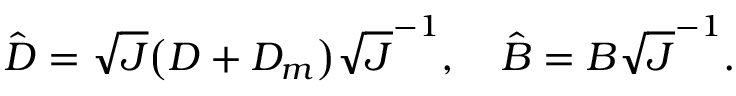
\hat { D } = \sqrt { J } \big ( D + D _ { m } \big ) \sqrt { J } ^ { - 1 } , \quad \hat { B } = B \sqrt { J } ^ { - 1 } .